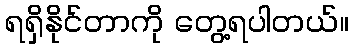
ရရှိနိုင်တာကို တွေ့ရပါတယ်။